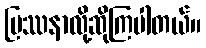
ပြဿနာလို့ဆိုကြပါတယ်။